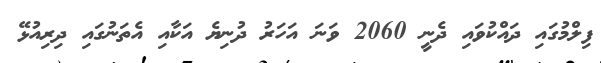
ފިލްމުގައި ދައްކުވައި ދެނީ 2060 ވަނަ އަހަރު ދުނިޔެ އަކާއި އެތަނުގައި ދިރިއުޅޭ